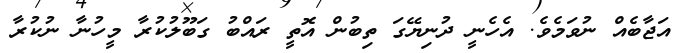
އަޖާބެއް ނުވަމެވެ. އެހެނީ ދުނިޔޭގަ ތިބުން އޮތީ ރައްބު ގަބޫލުކުރާ މީހުނާ ނުކުރާ